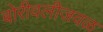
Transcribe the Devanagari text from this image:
बोरीवलीजवळ